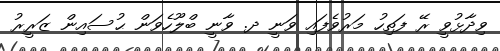
ވިދާޅުވީ ރޭ ފަތިހު މަރުވެފައި ވަނީ ދ. ވާނީ ބްލޫހެވަން ޙުސައިން ޒަރީރު